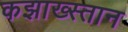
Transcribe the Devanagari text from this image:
कझाख्स्तान